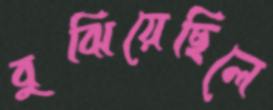
বুঝিয়েছিলে